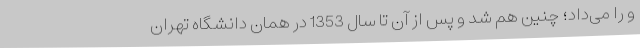
و را می‌داد؛ چنین هم شد و پس از آن تا سال 1353 در همان دانشگاه تهران